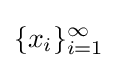
\{x_{i}\}_{i=1}^{\infty }